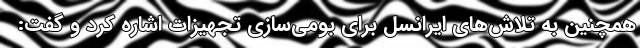
همچنین به تلاش‌های ایرانسل برای بومی‌سازی تجهیزات اشاره کرد و گفت: